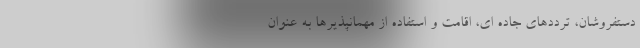
دستفروشان، ترددهای جاده ای، اقامت و استفاده از مهمانپذیرها به عنوان